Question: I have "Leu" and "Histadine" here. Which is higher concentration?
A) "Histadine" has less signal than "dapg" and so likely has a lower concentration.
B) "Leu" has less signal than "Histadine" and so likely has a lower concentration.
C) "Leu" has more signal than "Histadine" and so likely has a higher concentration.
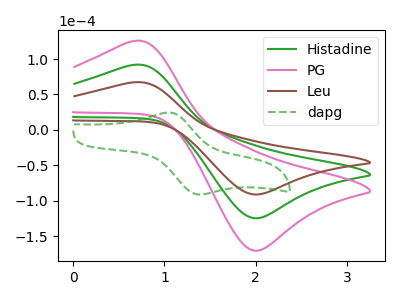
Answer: <think>The green curve "Histadine" has an anodic peak at (0.65V, 91.60uA) and a cathodic peak at (2.00V, -124.85uA). The pink curve "PG" has an anodic peak at (0.65V, 183.25uA) and a cathodic peak at (2.00V, -249.70uA). The brown curve "Leu" has an anodic peak at (0.65V, 67.00uA) and a cathodic peak at (2.00V, -91.35uA). The green dashed curve "dapg" has an anodic peak at (1.05V, 24.45uA) and a cathodic peak at (1.40V, -91.40uA).
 All the peaks in "Leu" have a peak in "Histadine" at the same potential. Every peak in "Leu" is lower than every peak in "Histadine".</think>
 <answer>B) "Leu" has less signal than "Histadine" and so likely has a lower concentration.</answer>
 <eval>B</eval>